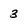
Character: 3